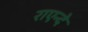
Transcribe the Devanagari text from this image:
राएन्दे